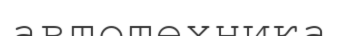
автотехника